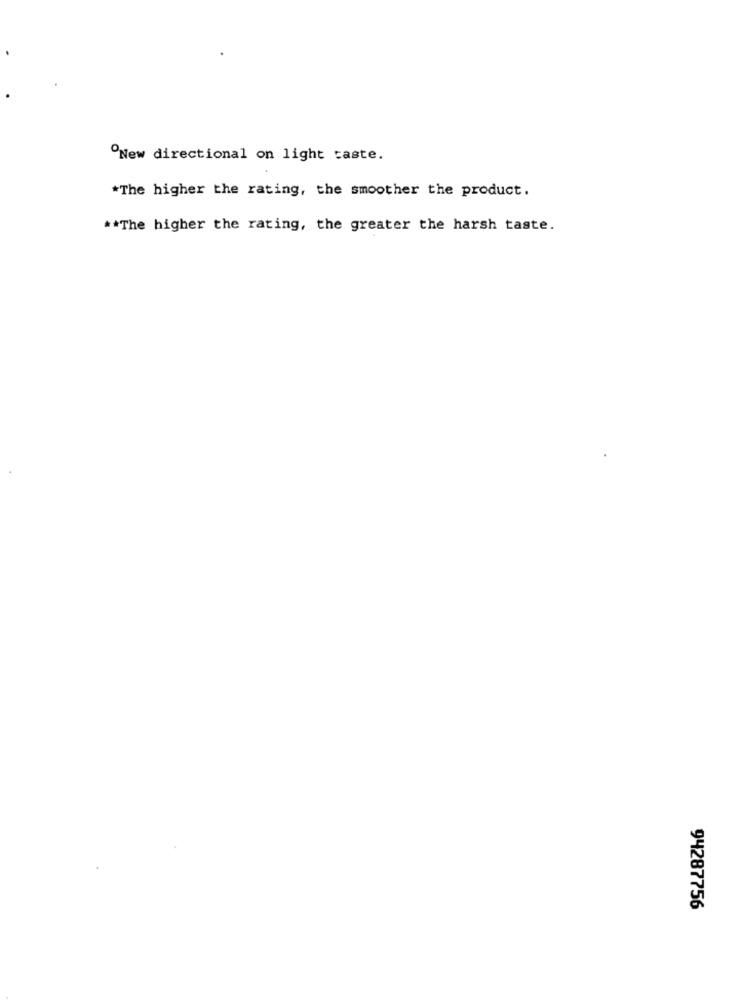
ºNew directional on light taste.
*The higher the rating, the smoother the product.
** The higher the rating, the greater the harsh taste.
94287756